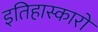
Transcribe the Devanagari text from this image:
इतिहास्कारों